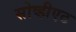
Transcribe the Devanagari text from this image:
सोव्हीएट